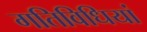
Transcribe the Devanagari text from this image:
गतिविधियां